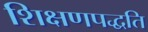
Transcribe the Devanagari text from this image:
शिक्षणपद्धति